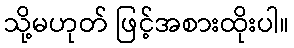
သို့မဟုတ် ဖြင့်အစားထိုးပါ။